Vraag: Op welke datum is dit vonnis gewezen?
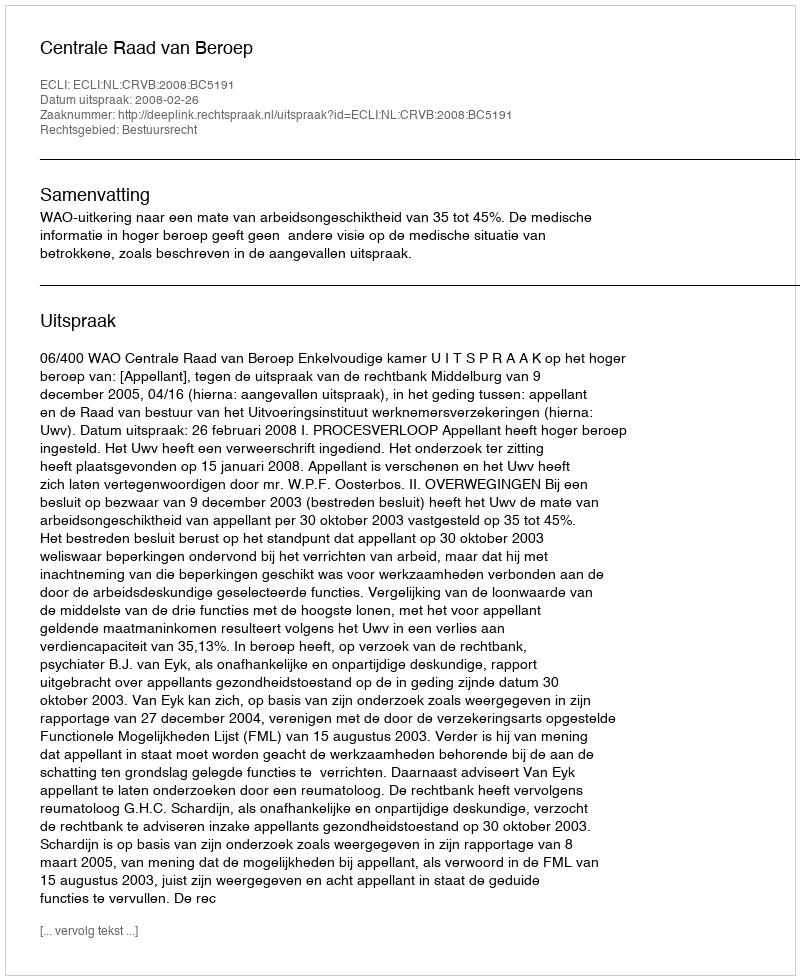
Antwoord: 2008-02-26